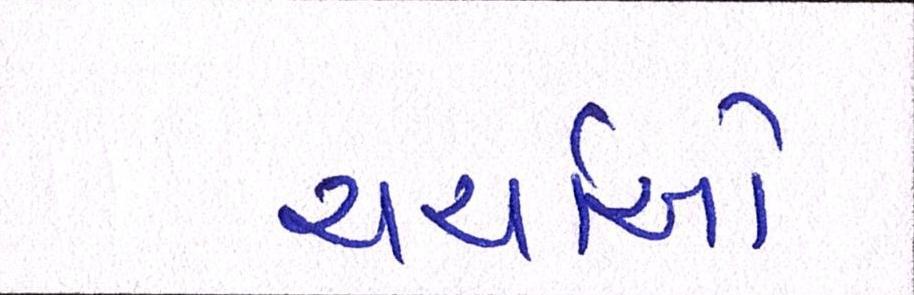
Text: ચર્ચાઓ